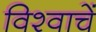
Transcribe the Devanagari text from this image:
विश्वाचें